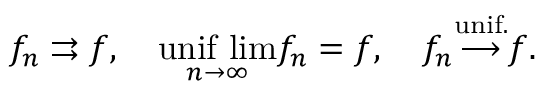
f _ { n } \rightrightarrows f , \quad { \underset { n \to \infty } { \mathrm { u n i f \ l i m } } } f _ { n } = f , \quad f _ { n } { \overset { \mathrm { u n i f . } } { \longrightarrow } } f .